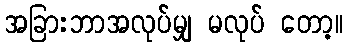
အခြားဘာအလုပ်မျှ မလုပ် တော့။